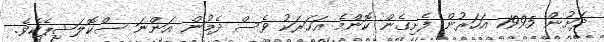
ދަށުން 1995 އަހަރުން ފެށިގެން ކޮންމެ އަހަރަކު ވެސް ދެމުން އަންނަ ސްކޮލަޝިޕެކެވެ.